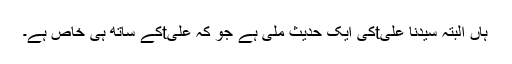
ہاں البتہ سیدنا علیtکی ایک حدیث ملی ہے جو کہ علیtکے ساتھ ہی خاص ہے۔